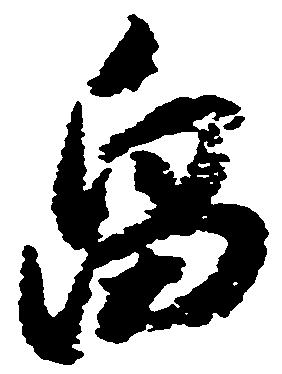
畠